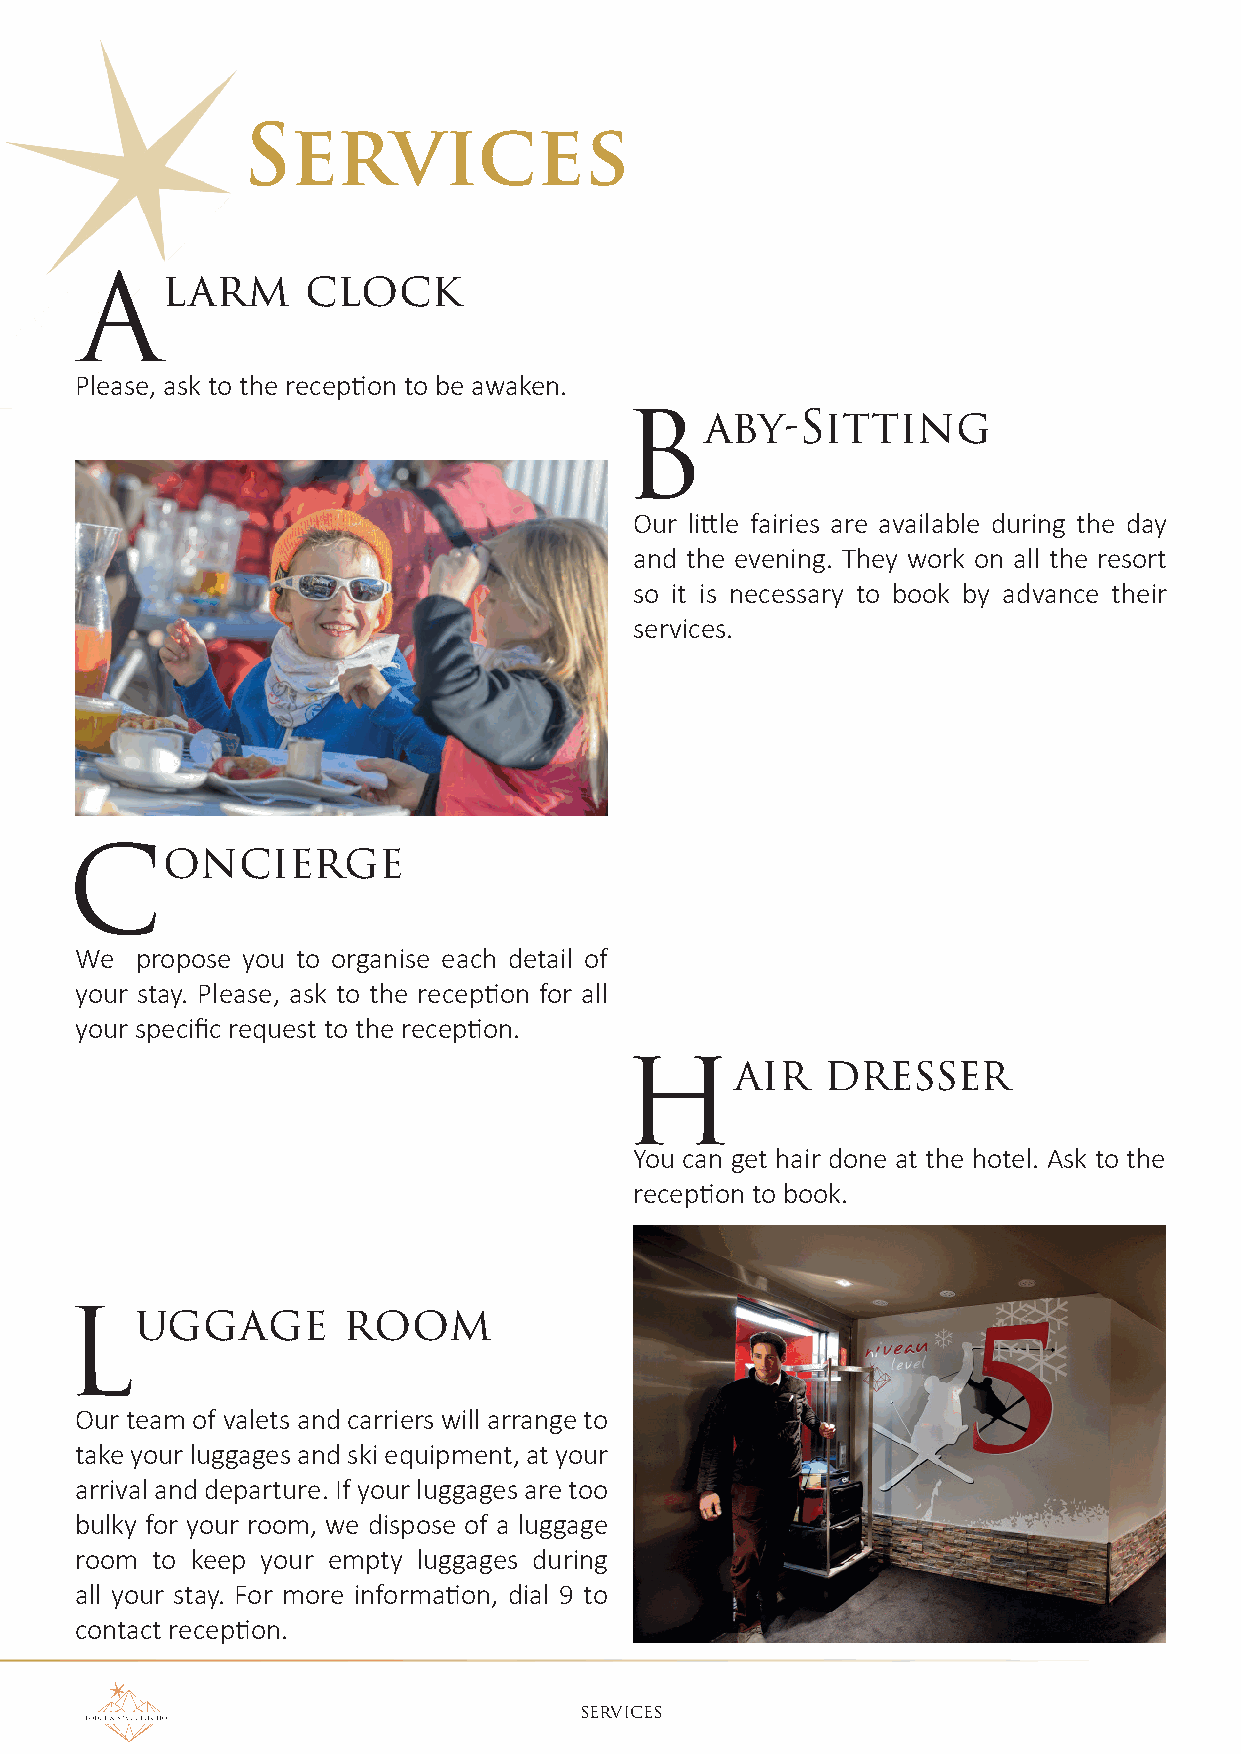
Services
 larm     clock
 A
 Please, ask to the reception to be awaken.
 aby-Sitting
 B
 Our little fairies are available during the day
 and the evening. They work on all the resort
 so it is necessary to book by advance their
 services.
 oncierge
 C
 We  propose you to organise each detail of
 your stay. Please, ask to the reception for all
 your specific request to the reception.
 air   dresser
 H
 You can get hair done at the hotel. Ask to the
 reception to book.
 uggage        room
 L
 Our team of valets and carriers will arrange to
 take your luggages and ski equipment, at your
 arrival and departure. If your luggages are too
 bulky for your room, we dispose of a luggage
 room to keep your empty luggages during
 all your stay. For more information, dial 9 to
 contact reception.
 SERvIcES